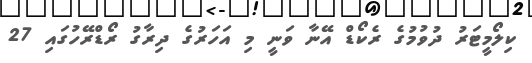
ކިލޯމީޓަރު ދުވުމުގެ ރެކޯޑް އޭނާ ވަނީ މި އަހަރުގެ ދިރާގު ރޯޑްރޭހުގައި 27